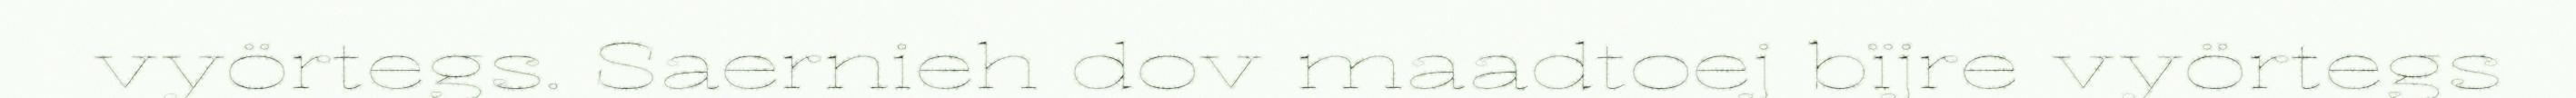
vyörtegs. Saernieh dov maadtoej bïjre vyörtegs